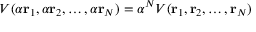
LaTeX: V ( \alpha \mathbf { r } _ { 1 } , \alpha \mathbf { r } _ { 2 } , \ldots , \alpha \mathbf { r } _ { N } ) = \alpha ^ { N } V ( \mathbf { r } _ { 1 } , \mathbf { r } _ { 2 } , \ldots , \mathbf { r } _ { N } )